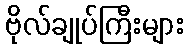
ဗိုလ်ချုပ်ကြီးများ